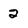
Character: 2